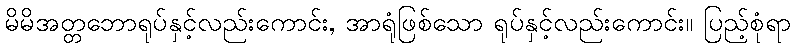
မိမိအတ္တဘောရုပ်နှင့်လည်းကောင်း, အာရုံဖြစ်သော ရုပ်နှင့်လည်းကောင်း။ ပြည့်စုံရာ